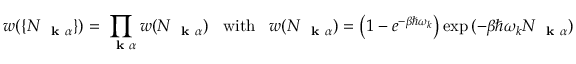
w ( \{ N _ { \mathrm { ~ \bf ~ k ~ } \alpha } \} ) = \prod _ { \mathrm { ~ \bf ~ k ~ } \alpha } w ( N _ { \mathrm { ~ \bf ~ k ~ } \alpha } ) \; \; \; \mathrm { w i t h } \; \; \; w ( N _ { \mathrm { ~ \bf ~ k ~ } \alpha } ) = \left( 1 - e ^ { - \beta \hbar \omega _ { k } } \right) \exp { ( - \beta \hbar \omega _ { k } N _ { \mathrm { ~ \bf ~ k ~ } \alpha } ) }